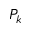
P _ { k }